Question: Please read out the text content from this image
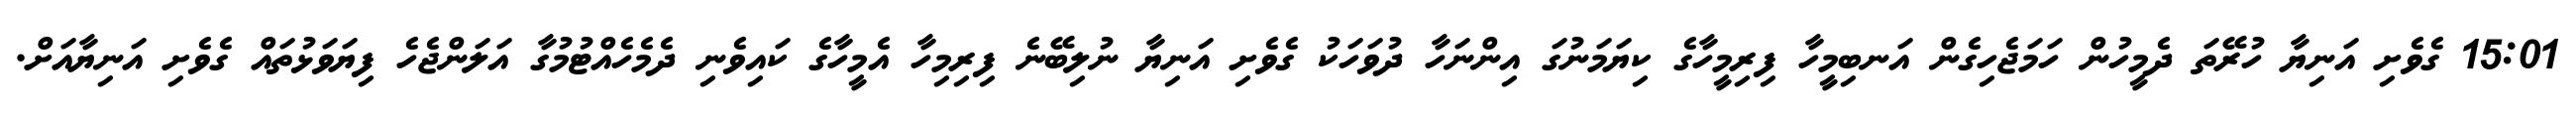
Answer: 15:01 ގެވެށި އަނިޔާ ހުރޭތަ ދެމީހުން ހަމަޖެހިގެން އަނބިމީހާ ފިރިމީހާގެ ކިޔަމަނުގަ އިންނަހާ ދުވަހަކު ގެވެށި އަނިޔާ ނުލިބޭނެ ފިރިމިހާ އެމީހާގެ ކައިވެނި ދެމެހެއްޓުމުގާ އަލަންޖެހެ ފިޔަވަޅުތައް ގެވެށި އަނިޔާއަށް.